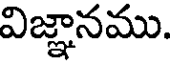
విజ్ఞానము.